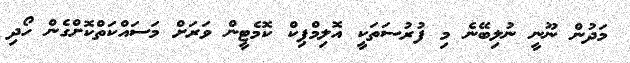
މަދުން ނޫނީ ނުލިބޭނެ މި ފުރުސަތަކީ އޮލިމްޕިކް ކޮމެޓީން ވަރަށް މަސައްކަތްކޮށްގެން ހޯދި